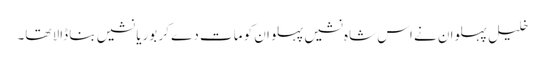
خلیل پہلوان نے اس شاہ نشیں پہلوان کو مات دے کر بوریا نشیں بنا ڈالا تھا۔